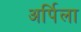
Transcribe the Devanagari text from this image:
अर्पिला